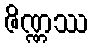
ဇိဏ္ဏဿ